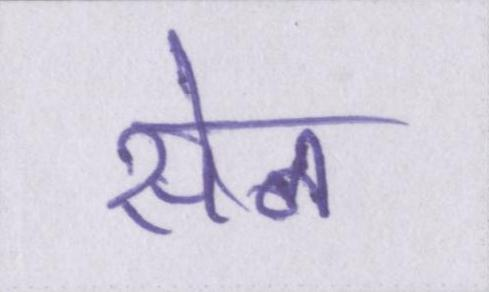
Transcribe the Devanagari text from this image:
सेन